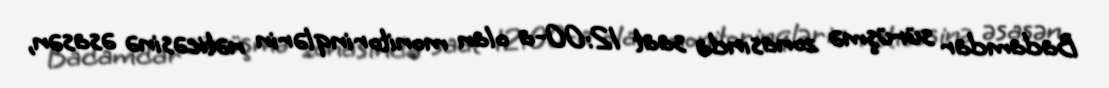
Badamdar sürüşmə zonasında saat 12:00-a olan monitorinqlərin nəticəsinə əsasən,